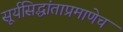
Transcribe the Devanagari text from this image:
सूर्यसिद्धांताप्रमाणेच